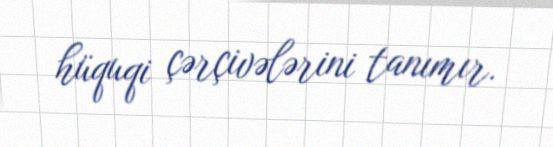
hüquqi çərçivələrini tanımır.